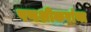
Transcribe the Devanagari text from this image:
पणशीकरांना